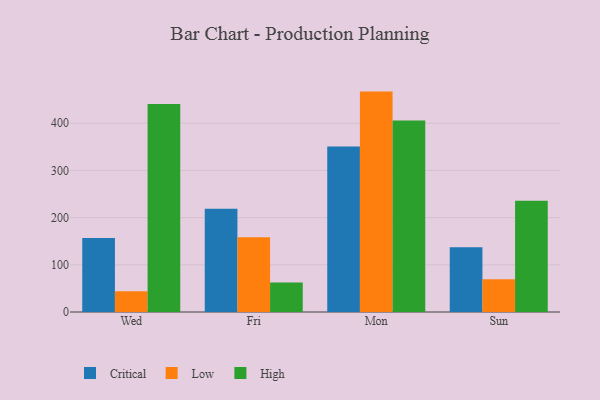
{"axis": {"x": "Day", "y": "Backlog"}, "legend": ["Critical", "High", "Low"], "data": [{"x": "Wed", "y": 156.8, "type": "Critical"}, {"x": "Wed", "y": 44.1, "type": "Low"}, {"x": "Wed", "y": 441.0, "type": "High"}, {"x": "Fri", "y": 218.8, "type": "Critical"}, {"x": "Fri", "y": 158.3, "type": "Low"}, {"x": "Fri", "y": 62.4, "type": "High"}, {"x": "Mon", "y": 350.5, "type": "Critical"}, {"x": "Mon", "y": 467.1, "type": "Low"}, {"x": "Mon", "y": 405.7, "type": "High"}, {"x": "Sun", "y": 137.3, "type": "Critical"}, {"x": "Sun", "y": 69.6, "type": "Low"}, {"x": "Sun", "y": 235.6, "type": "High"}]}